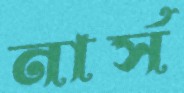
নার্স